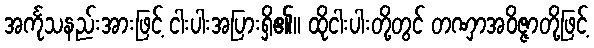
အင်္ကုသနည်းအားဖြင့် ငါးပါးအပြားရှိ၏။ ထိုငါးပါးတို့တွင် တဏှာအဝိဇ္ဇာတို့ဖြင့်